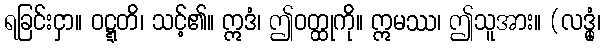
ရခြင်းငှာ။ ဝဋ္ဋတိ၊ သင့်၏။ ဣဒံ၊ ဤဝတ္ထုကို။ ဣမဿ၊ ဤသူအား။ (လဒ္ဓုံ၊